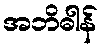
အဘိဓါန်